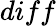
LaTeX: diff